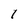
Character: 1